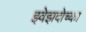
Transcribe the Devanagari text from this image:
झ्वेझदोच्का